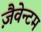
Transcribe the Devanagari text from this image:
ज़ैवेन्टम